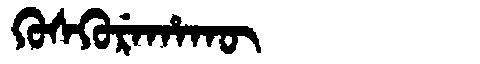
Manchu: ᡴᡠᠰᡴᡠᡵᡝᡥᠠᡴᡡ
Romanization: KUSKUREHAKŪ